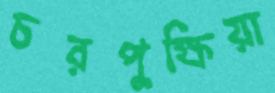
চরপুক্ষিয়া